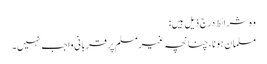
وہ شرائط درج ذیل ہیں:
مسلمان ہونا، چنانچہ غیرمسلم پر قربانی واجب نہیں۔